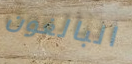
البالغون